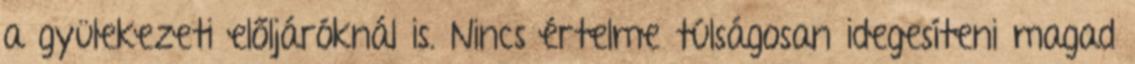
a gyülekezeti előljáróknál is. Nincs értelme túlságosan idegesíteni magad